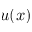
u ( x )